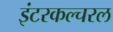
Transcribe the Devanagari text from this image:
इंटरकल्चरल